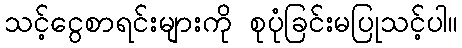
သင့်ငွေစာရင်းများကို စုပုံခြင်းမပြုသင့်ပါ။